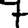
Digit: 7